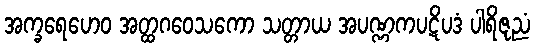
အက္ခရေဟေဝ အတ္ထဂဝေသကော သတ္တာယ အပဏ္ဏကပဋိပဒံ ပါရိဇုညံ